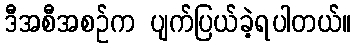
ဒီအစီအစဉ်က ပျက်ပြယ်ခဲ့ရပါတယ်။